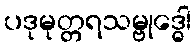
ပဒုမုတ္တရသမ္ဗုဒ္ဓေါ